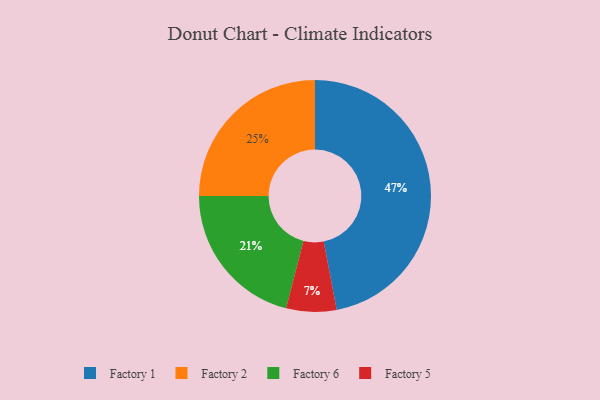
{"axis": {"x": "Category", "y": "Percentage"}, "legend": ["Factory 1", "Factory 2", "Factory 5", "Factory 6"], "data": [{"x": "Factory 1", "y": 47, "type": "Factory 1"}, {"x": "Factory 5", "y": 7, "type": "Factory 5"}, {"x": "Factory 2", "y": 25, "type": "Factory 2"}, {"x": "Factory 6", "y": 21, "type": "Factory 6"}]}